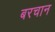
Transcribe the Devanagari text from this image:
बरचान